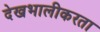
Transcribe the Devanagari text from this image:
देखभालीकरता